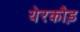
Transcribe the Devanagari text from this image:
येरकौड़